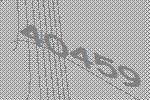
40459